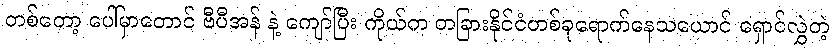
တစ်တော့ ပေါ်မှာတောင် ဗီပီအန် နဲ့ ကျော်ပြီး ကိုယ်က တခြားနိုင်ငံတစ်ခုရောက်နေသယောင် ရှောင်လွှဲတဲ့